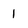
Character: 1